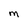
Character: M